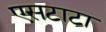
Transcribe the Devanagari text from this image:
एसटाटा